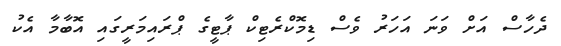
ދެހާސް އަށް ވަނަ އަހަރު ވެސް ޑިމޮކްރެޓިކް ޕާޓީގެ ޕްރައިމަރީގައި އޮބާމާ އެކު